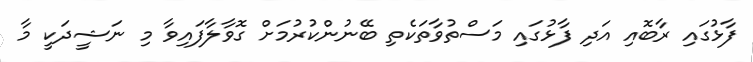
ފާޅުގައި ރާބޮއި އަދި ފާޅުގައި މަސްތުވާތަކެތި ބޭނުންކުރުމަށް ގޮވާލާފައިވާ މި ނަޝީދަކީ މާ